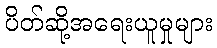
ပိတ်ဆို့အရေးယူမှုများ